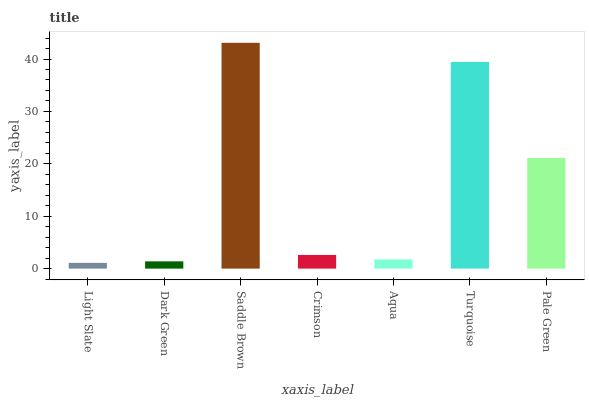
| xaxis_label | bars |
 | --- | --- |
 | Light Slate | 1.1 |
 | Dark Green | 1.39 |
 | Saddle Brown | 43.1 |
 | Crimson | 2.61 |
 | Aqua | 1.75 |
 | Turquoise | 39.4 |
 | Pale Green | 21.1 |